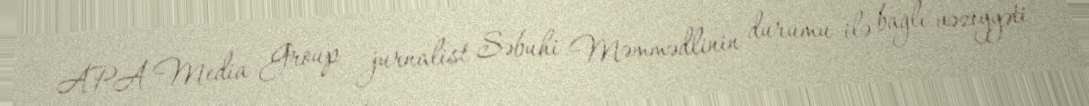
APA Media Group jurnalist Səbuhi Məmmədlinin durumu ilə bağlı vəziyyəti